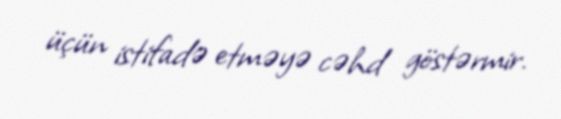
üçün istifadə etməyə cəhd göstərmir.